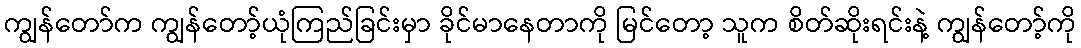
ကျွန်တော်က ကျွန်တော့်ယုံကြည်ခြင်းမှာ ခိုင်မာနေတာကို မြင်တော့ သူက စိတ်ဆိုးရင်းနဲ့ ကျွန်တော့်ကို